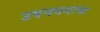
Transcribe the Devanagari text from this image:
उपनयनाचा